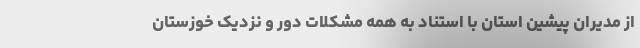
از مدیران پیشین استان با استناد به همه مشکلات دور و نزدیک خوزستان